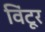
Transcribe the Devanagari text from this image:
विंटूर